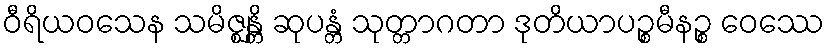
ဝီရိယဝသေန သမိဇ္ဈန္တိ ဆုပန္တံ သုတ္တာဂတာ ဒုတိယာပဉ္စမီနဉ္စ ဝေဿေ